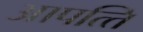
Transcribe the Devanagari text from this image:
आपत्‍ति